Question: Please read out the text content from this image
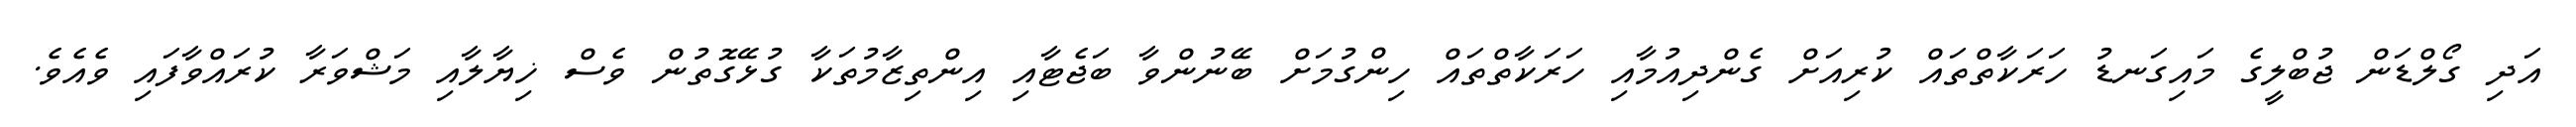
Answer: އަދި ގޯލްޑަން ޖުބްލީގެ މައިގަނޑު ހަރަކާތްތައް ކުރިއަށް ގެންދިއުމާއި ހަރަކާތްތައް ހިންގުމަށް ބޭނުންވާ ބަޖެޓާއި އިންތިޒާމުތަކާ ގުޅޭގޮތުން ވެސް ޚިޔާލާއި މަޝްވަރާ ކުރައްވާފައި ވެއެވެ.